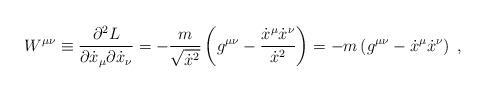
LaTeX: \begin{align*}W^{\mu \nu} \equiv \frac{\partial^2 L}{\partial \dot x_\mu \partial \dot x_\nu} = - \frac{m}{\sqrt{\dot x^2}} \left( g^{\mu \nu} - \frac{\dot x^\mu \dot x^\nu}{\dot x^2} \right) = - m \left( g^{\mu \nu} - \dot x^\mu \dot x^\nu \right)\; ,\end{align*}